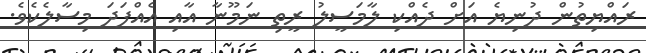
ރައްޔިތުން ދުނިޔެ އަށް ދެއްކި ލާމަސީލު ރީތި ނަމޫނާ އާއި އެއްފަދަ މިސާލެކެވެ.